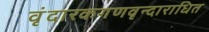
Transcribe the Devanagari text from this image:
वृंदारकगणवृन्दाराधित